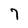
Character: 7